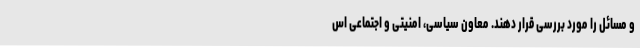
و مسائل را مورد بررسی قرار دهند. معاون سیاسی، امنیتی و اجتماعی اس